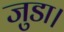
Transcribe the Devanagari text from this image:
जुडा।